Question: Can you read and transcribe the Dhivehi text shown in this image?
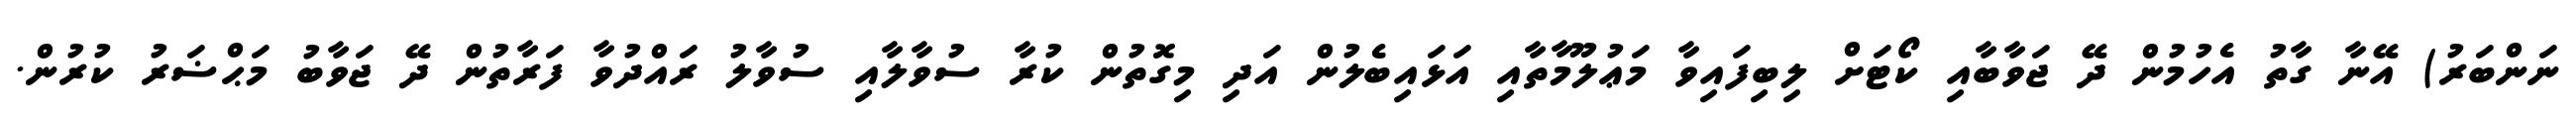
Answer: ނަންބަރު) އޭނާ ގާތު އެހުމުން ދޭ ޖަވާބާއި ކޯޓަށް ލިބިފައިވާ މަޢުލޫމާތާއި އަޅައިބެލުން އަދި މިގޮތުން ކުރާ ސުވާލާއި ސުވާލު ރައްދުވާ ފަރާތުން ދޭ ޖަވާބު މަޙްޟަރު ކުރުން.